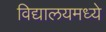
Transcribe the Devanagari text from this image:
विद्यालयमध्ये